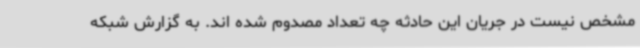
مشخص نیست در جریان این حادثه چه تعداد مصدوم شده اند. به گزارش شبکه